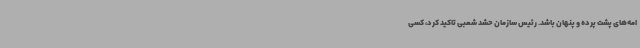
امه‌های پشت پرده و پنهان باشد. رئیس سازمان حشد شعبی تاکید کرد، کسی